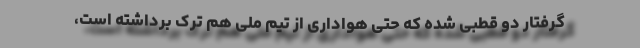
گرفتار دو قطبی‌ شده که حتی هواداری از تیم ملی هم ترک برداشته است،